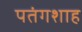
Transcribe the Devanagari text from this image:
पतंगशाह